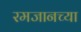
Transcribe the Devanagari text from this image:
रमजानच्या